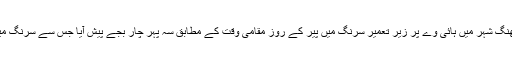
محکمہ حکام کے مطابق حادثہ جن چھنگ شہر میں ہائی وے پر زیر تعمیر سرنگ میں پیر کے روز مقامی وقت کے مطابق سہ پہر چار بجے پیش آیا جس سے سرنگ میں کام کرنے والے 6افراد پھنس گئے۔